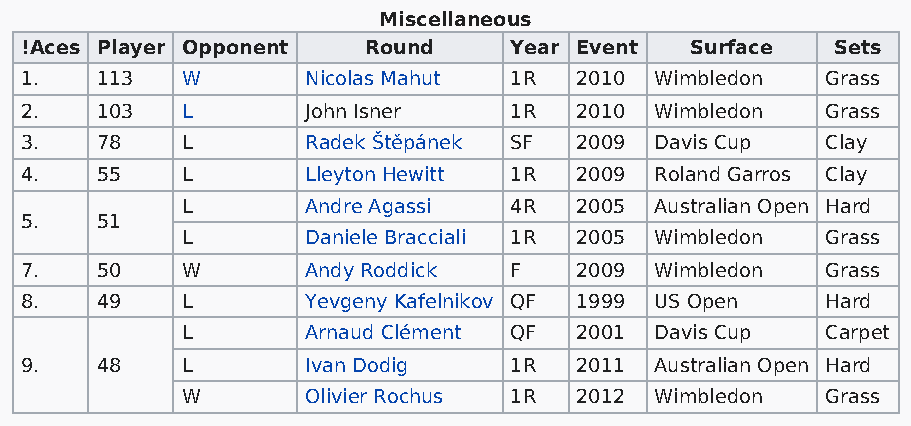
Miscellaneous
 !Aces Player Opponent  Round     Year Event  Surface  Sets
 1.   113   W       Nicolas Mahut 1R  2010 Wimbledon   Grass
 2.   103   L       John Isner    1R  2010 Wimbledon   Grass
 3.   78    L       Radek Štěpánek SF 2009 Davis Cup   Clay
 4.   55    L       Lleyton Hewitt 1R 2009 Roland Garros Clay
 L       Andre Agassi  4R  2005 Australian Open Hard
 5.   51
 L       Daniele Bracciali 1R 2005 Wimbledon Grass
 7.   50    W       Andy Roddick  F   2009 Wimbledon   Grass
 8.   49    L       Yevgeny Kafelnikov QF 1999 US Open Hard
 L       Arnaud Clément QF 2001 Davis Cup   Carpet
 9.   48    L       Ivan Dodig    1R  2011 Australian Open Hard
 W       Olivier Rochus 1R 2012 Wimbledon   Grass